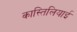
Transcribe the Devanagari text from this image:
कास्तिलियाई